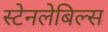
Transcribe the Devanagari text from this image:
स्टेनलेबिल्स